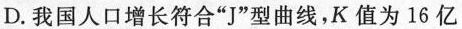
D.我国人口增长符合“J”型曲线，K值为16亿